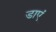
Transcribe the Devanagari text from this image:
डाएं